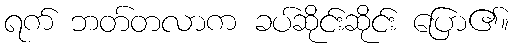
ရက် ဘတ်တလာက ခပ်ဆိုင်းဆိုင်း ပြော၏။